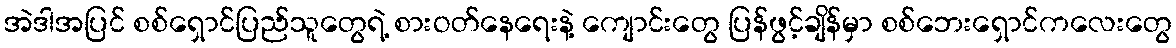
အဲဒါအပြင် စစ်ရှောင်ပြည်သူတွေရဲ့ စားဝတ်နေရေးနဲ့ ကျောင်းတွေ ပြန်ဖွင့်ချိန်မှာ စစ်ဘေးရှောင်ကလေးတွေ